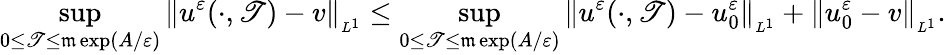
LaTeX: \operatorname*{sup}_{0\leq\mathscr{T}\leq\mathfrak{m}\exp(A/\varepsilon)}\| u^{\varepsilon}(\cdot,\mathscr{T})-v\| _{_{L^{1}}}\leq\operatorname*{sup}_{0\leq\mathscr{T}\leq\mathfrak{m}\exp(A/\varepsilon)}\| u^{\varepsilon}(\cdot,\mathscr{T})-u_{0}^{\varepsilon}\| _{_{L^{1}}}+\| u_{0}^{\varepsilon}-v\| _{_{L^{1}}}.